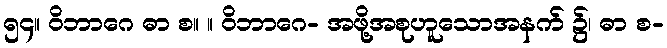
၅၄။ ဝိဘာဂေ ဓာ စ။ ။ ဝိဘာဂေ- အဖို့အစုဟူသောအနက် ၌၊ ဓာ စ-